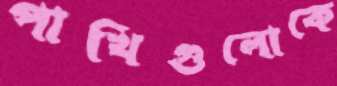
পাখিগুলোকে